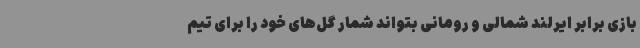
بازی برابر ایرلند شمالی و رومانی بتواند شمار گل‌های خود را برای تیم